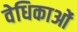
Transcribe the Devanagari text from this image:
वेधिकाओं